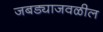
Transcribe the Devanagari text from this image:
जबड्याजवळील